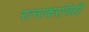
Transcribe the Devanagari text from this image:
रत्‍नाकरांचेही